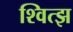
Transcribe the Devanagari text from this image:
श्वित्झ